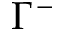
\Gamma ^ { - }